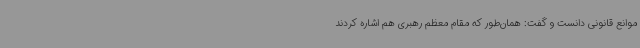
موانع قانونی دانست و گفت: همان‌طور که مقام معظم رهبری هم اشاره کردند